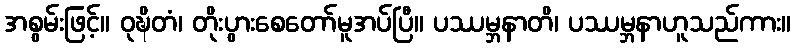
အစွမ်းဖြင့်။ ဝုဍ္ဎိတံ၊ တိုးပွားစေတော်မူအပ်ပြီ။ ပဿမ္ဘနာတိ၊ ပဿမ္ဘနာဟူသည်ကား။